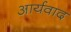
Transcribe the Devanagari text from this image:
आर्यवाद